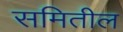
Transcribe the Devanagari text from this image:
समितील